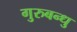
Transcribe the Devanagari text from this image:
गुरुबन्‍धु